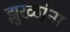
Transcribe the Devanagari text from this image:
झुरळांना